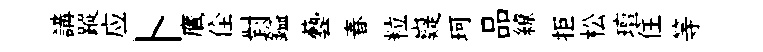
講蹤应卜鷹佺對鎰藝春粒嶷珂品繚拒松璮住等